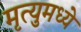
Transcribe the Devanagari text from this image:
मृत्युमध्ये